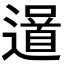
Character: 𨗓